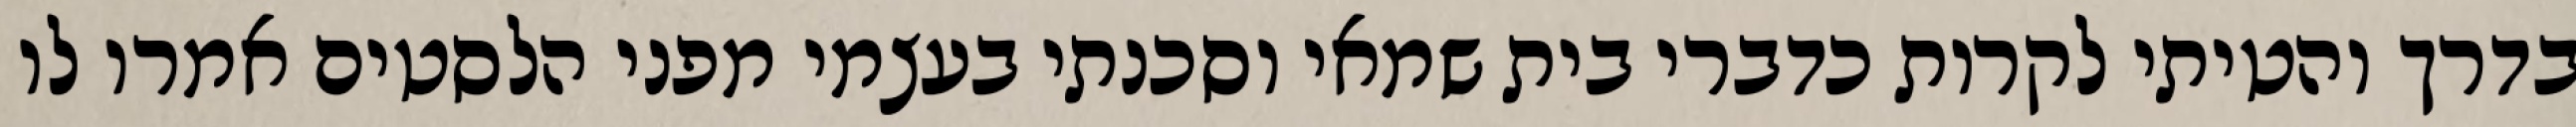
בדרך והטיתי לקרות כדברי בית שמאי וסכנתי בעצמי מפני הלסטים אמרו לו